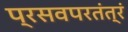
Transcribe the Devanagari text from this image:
प्रसवपरतंत्रं